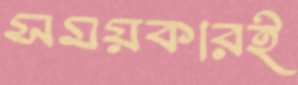
সময়কারই